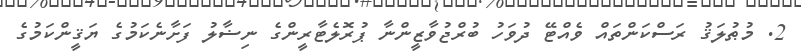
2. މުޠުލަޤު ރަސްކަންތައް ވެއްޓޭ ދުވަހު ބުރްޖުވާޒީންނާ ޕުރޮލެޓާރީންގެ ނިޟާލު ފަށާނެކަމުގެ ޔަޤީންކަމުގެ